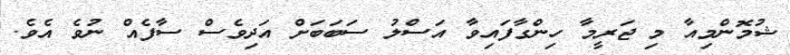
ޝުމޮންމިއާ މި ޖަރީމާ ހިންގާފައިވާ އަސްލު ސަބަބަށް އަދިވެސް ސާފެއް ނުވެ އެވެ.